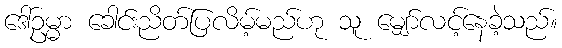
ဒေါ်ဥမ္မာ ခေါင်းညိတ်ပြလိမ့်မည်ဟု သူ မျှော်လင့်နေခဲ့သည်။